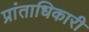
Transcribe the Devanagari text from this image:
प्रांताधिकारी